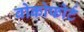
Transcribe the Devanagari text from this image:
वोकोफोर्ट